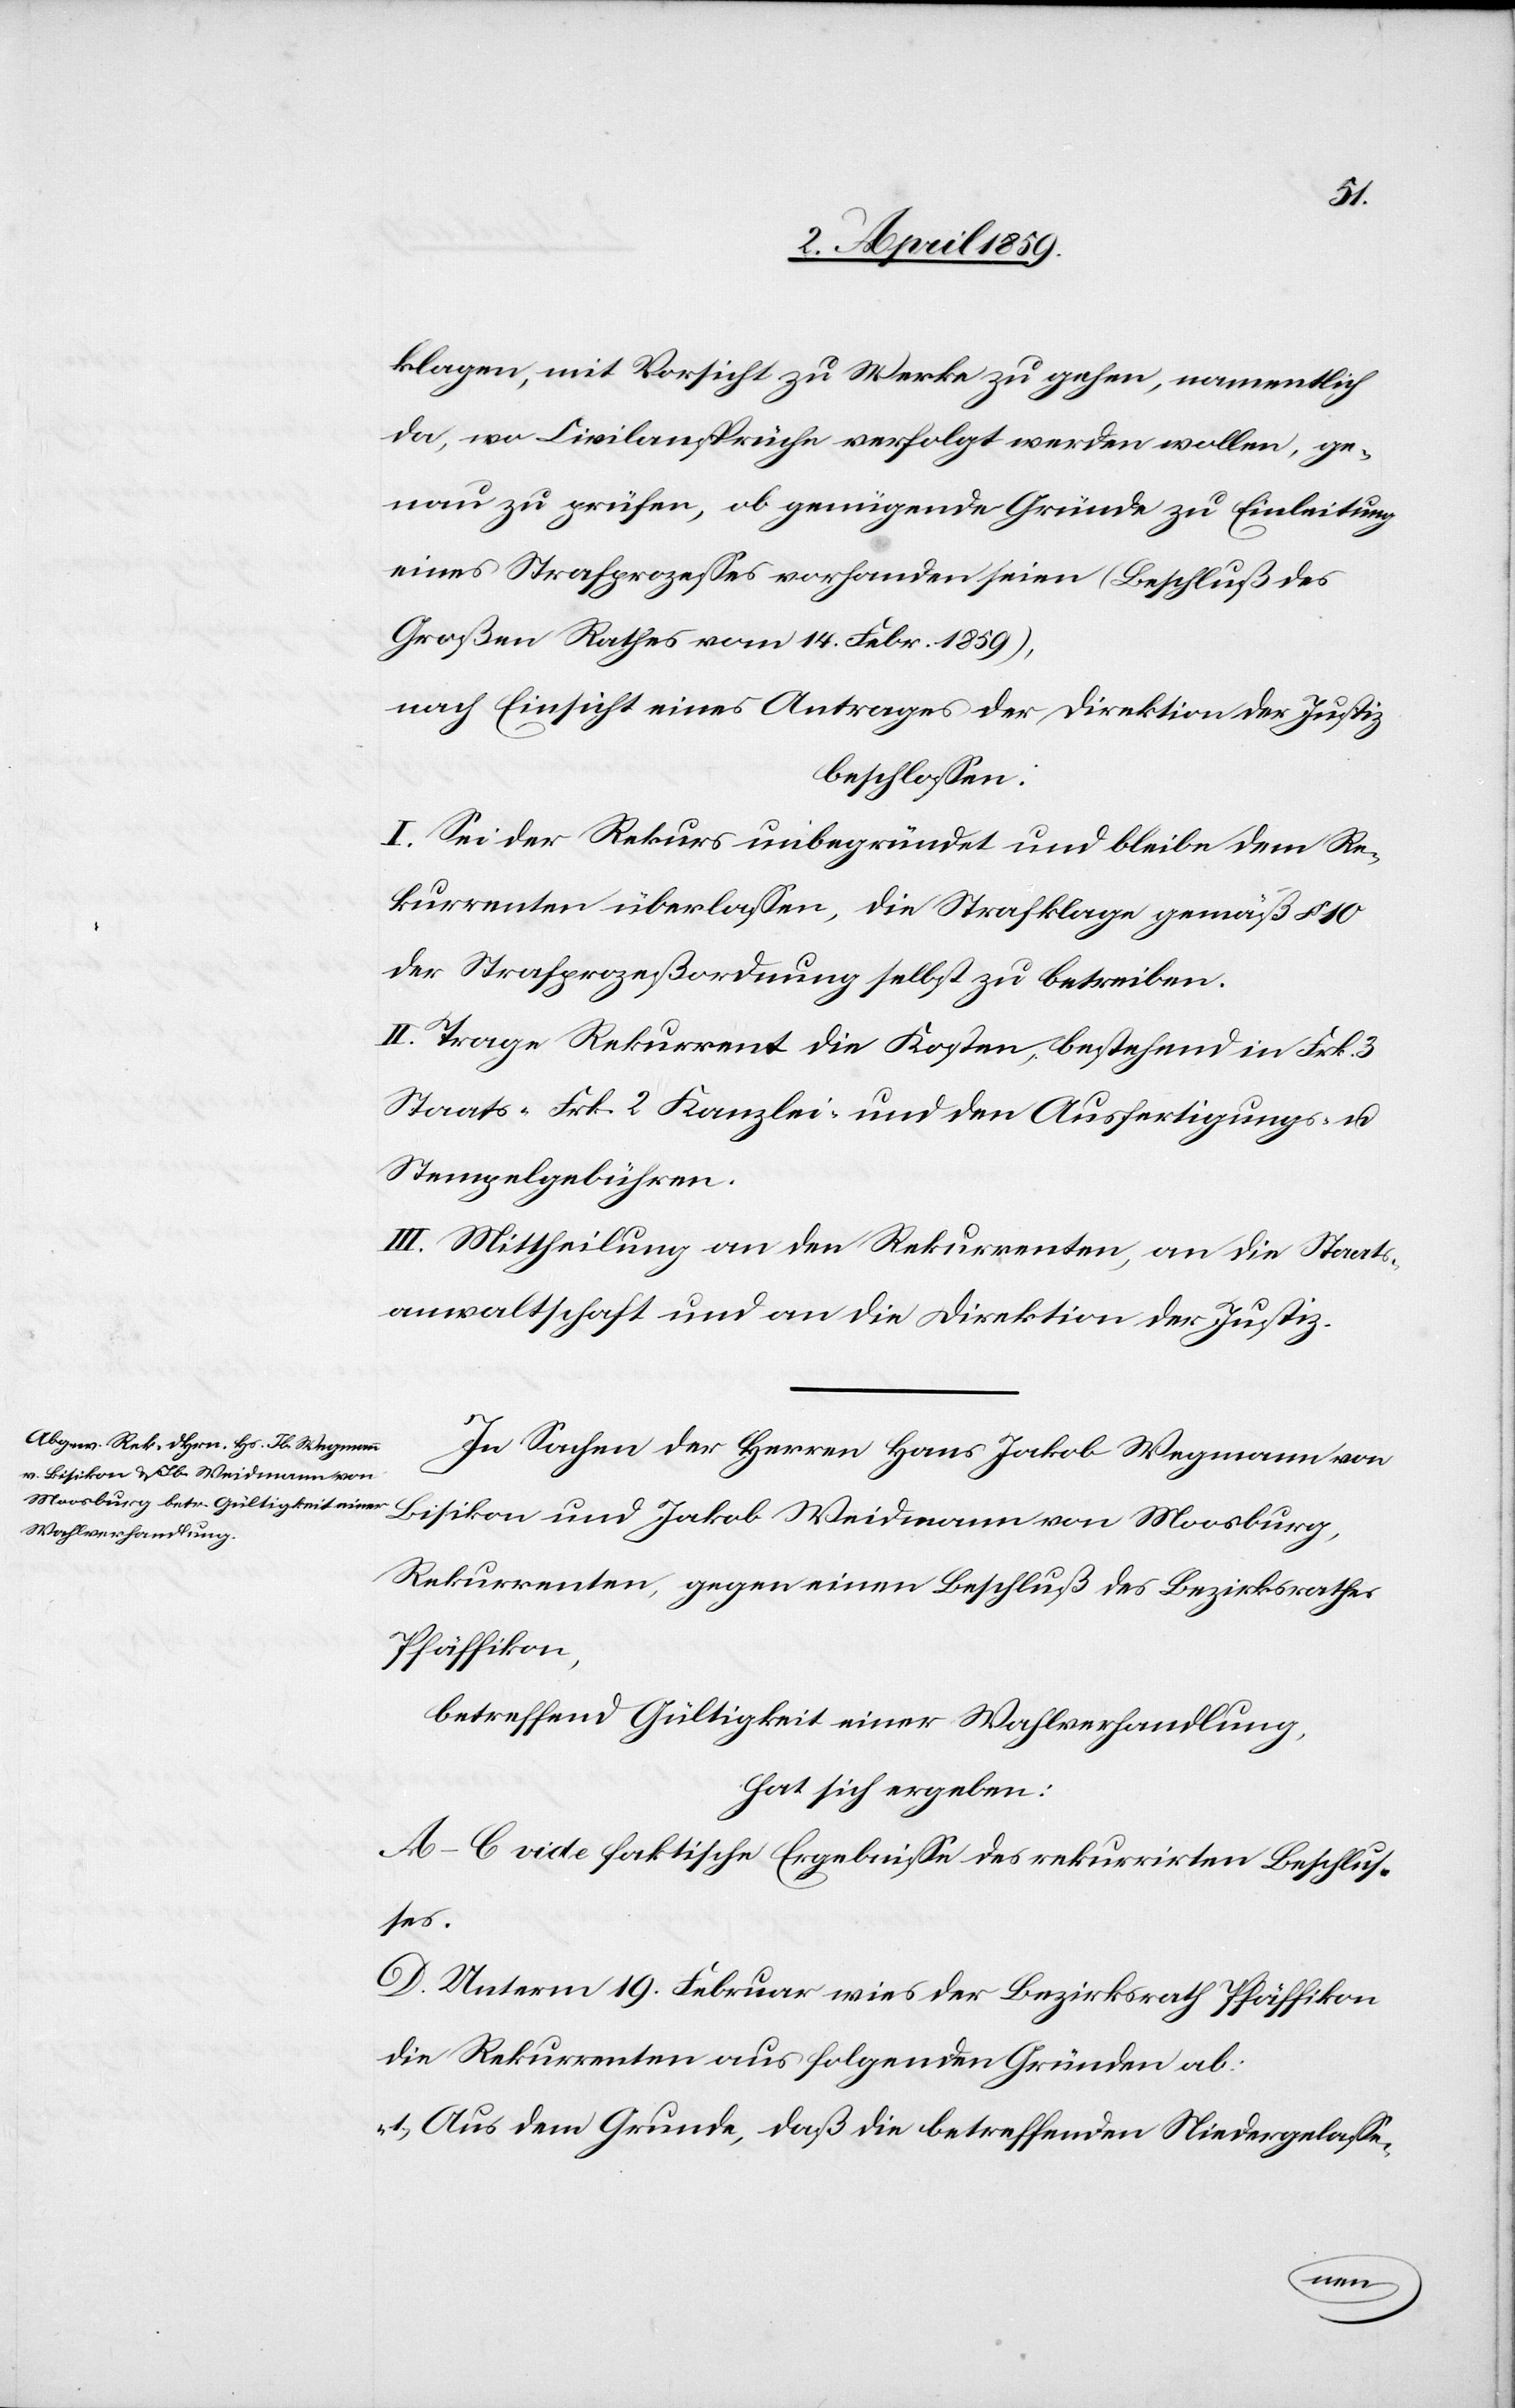
klagen, mit Vorsicht zu Werke zu gehen, namentlich
da, wo Civilansprüche verfolgt werden wollen, ge¬
nau zu prüfen, ob genügende Gründe zu Einleitung
eines Strafprozeßes vorhanden seien (Beschluß des
Großen Rathes vom 14. Febr. 1859),
nach Einsicht eines Antrages der Direktion der Justiz
beschlossen:
I. Sei der Rekurs unbegründet und bleibe dem Re¬
kurrenten überlaßen, die Strafklage gemäß § 10
der Strafprozeßordnung selbst zu betreiben.
II. Trage Rekurrent die Kosten, bestehend in Frk. 3
Staats-[,] Frk. 2 Kanzlei- und den Ausfertigungs- u.
Stempelgebühren.
III. Mittheilung an den Rekurrenten, an die Staats¬
anwaltschaft und an die Direktion der Justiz.
In Sachen der Herren Hans Jakob Wegmann von
Bisikon und Jakob Weidmann von Moosburg,
Rekurrenten, gegen einen Beschluß des Bezirksrathes
Pfäffikon,
betreffend Gültigkeit einer Wahlverhandlung,
hat sich ergeben:
A–C vide faktische Ergebniße des rekurrirten Beschlus¬
ses.
D. Unterm 19. Februar wies der Bezirksrath Pfäffikon
die Rekurrenten aus folgenden Gründen ab:
„1) Aus dem Grunde, daß die betreffenden Niedergelaße-